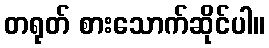
တရုတ် စားသောက်ဆိုင်ပါ။